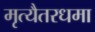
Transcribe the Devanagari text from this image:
मृत्यैतरधमा